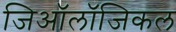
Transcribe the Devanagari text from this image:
जिऑलॉजिकल